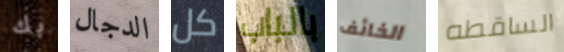
بك الدجال كل بالباب الخائف الساقطه